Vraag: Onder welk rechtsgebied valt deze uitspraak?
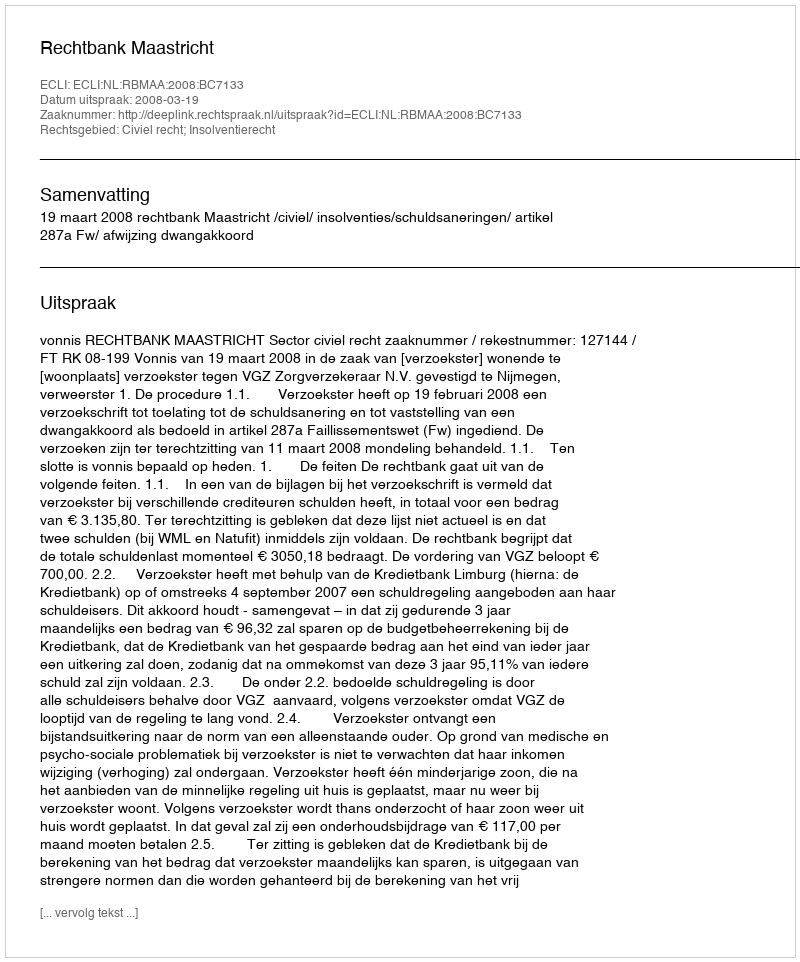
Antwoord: Civiel recht; Insolventierecht